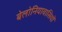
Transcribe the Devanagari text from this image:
बेलोनियावासियों